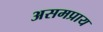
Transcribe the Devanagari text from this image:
असमप्राय